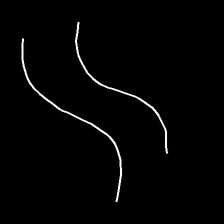
Glyph: float